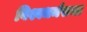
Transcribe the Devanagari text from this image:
विश्वधर्मसभा